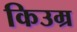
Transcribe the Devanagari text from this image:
किउम्र